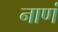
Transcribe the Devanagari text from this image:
नाणं